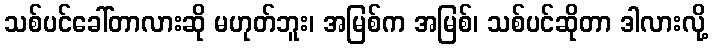
သစ်ပင်ခေါ်တာလားဆို မဟုတ်ဘူး၊ အမြစ်က အမြစ်၊ သစ်ပင်ဆိုတာ ဒါလားလို့